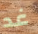
غد